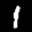
Label: 1